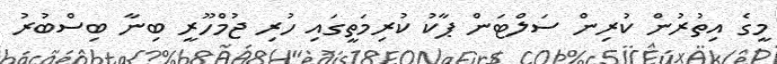
މީގެ އިތުރުން ކުރިން ސަލްޓަން ޕާކު ކުރިމަތީގައި ހުރި ޖުމްހޫރީ ބިނާ ބިސްބުރު